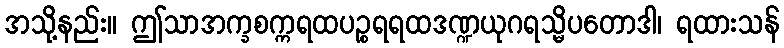
အသို့နည်း။ ဤသာအက္ခစက္ကရထပဉ္စရရထဒဏ္ဍယုဂရသ္မိပတောဒါ၊ ရထားသန်